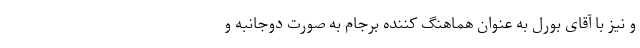
و نیز با آقای بورل به عنوان هماهنگ کننده برجام به صورت دوجانبه و